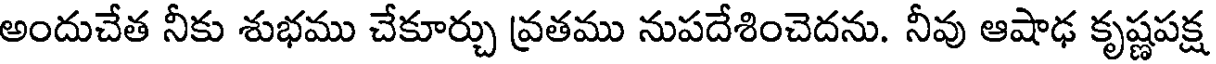
అందుచేత నీకు శుభము చేకూర్చు వ్రతము నుపదేశించెదను. నీవు ఆషాఢ కృష్ణపక్ష